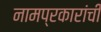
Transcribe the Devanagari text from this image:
नामप्रकारांची